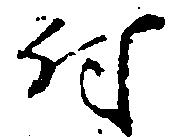
付